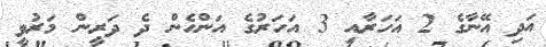
އަދި އޭނާގެ 2 އަހަރާއި 3 އަހަރުގެ އަންހެން ދެ ދަރީން މަރުވީ